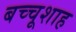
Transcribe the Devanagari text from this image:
बच्चूशाह